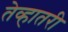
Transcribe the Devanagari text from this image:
तेव्हातरी